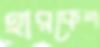
হারকেশ